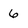
Character: 6